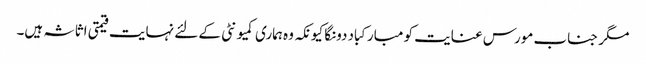
مگر جناب مورس عنایت کو مبارکباد دونگا کیونکہ وہ ہماری کمیونٹی کے لئے نہایت قیمتی اثاثہ ہیں۔